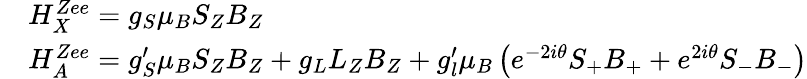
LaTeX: \begin{array}{rl}&{H_{X}^{Zee}=g_{S}\mu_{B}S_{Z}B_{Z}}\\ &{H_{A}^{Zee}=g_{S}^{\prime}\mu_{B}S_{Z}B_{Z}+g_{L}L_{Z}B_{Z}+g_{l}^{\prime}\mu_{B}\left(e^{-2i\theta}S_{+}B_{+}+e^{2i\theta}S_{-}B_{-}\right)}\end{array}